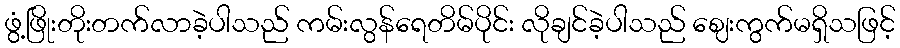
ဖွံ့ဖြိုးတိုးတက်လာခဲ့ပါသည် ကမ်းလွန်ရေတိမ်ပိုင်း လိုချင်ခဲ့ပါသည် ဈေးကွက်မရှိသဖြင့်